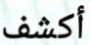
أكشف